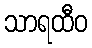
သာရထီဝ